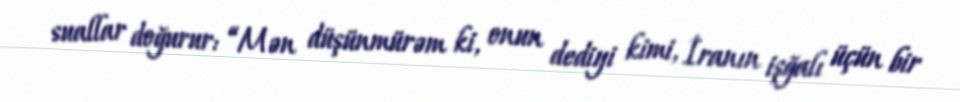
suallar doğurur: “Mən düşünmürəm ki, onun dediyi kimi, İranın işğalı üçün bir